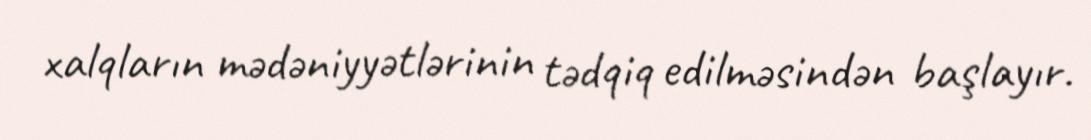
xalqların mədəniyyətlərinin tədqiq edilməsindən başlayır.